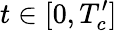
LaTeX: t\in[0,T_{c}^{\prime}]